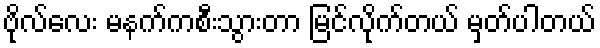
ဗိုလ်လေး မနက်ကစီးသွားတာ မြင်လိုက်တယ် မှတ်ပါတယ်